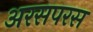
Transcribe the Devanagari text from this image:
अरसपरस